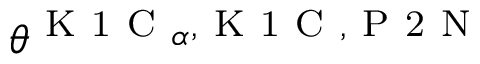
\theta ^ { \mathrm { ~ K ~ 1 ~ C ~ } _ { \alpha } , \mathrm { ~ K ~ 1 ~ C ~ } , \mathrm { ~ P ~ 2 ~ N ~ } }